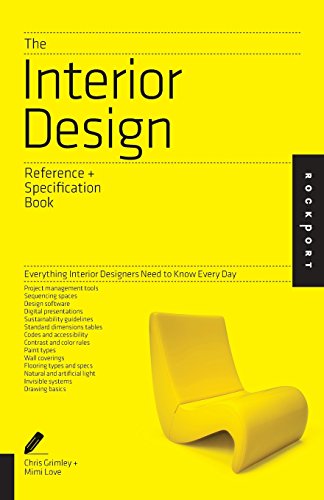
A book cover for The Interior Design Reference & Specification Book: Everything Interior Designers Need to Know Every Day; Linda O'Shea; Crafts, Hobbies & Home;